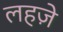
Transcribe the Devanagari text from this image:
लहजे़